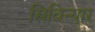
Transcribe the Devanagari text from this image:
सिविन्यार